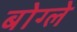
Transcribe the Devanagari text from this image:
बोग्ले